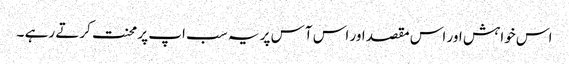
اس خواہش اور اس مقصد اور اس آس پر یہ سب اپ پر محنت کرتے رہے ۔